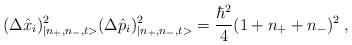
LaTeX: \begin{align*}(\Delta \hat{x}_i)^2_{|n_{+},n_{-},t>}(\Delta \hat{p}_i)^2_{|n_{+},n_{-},t>}= \frac{\hbar^2}{4}(1+n_{+}+n_{-})^2\;,\end{align*}